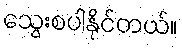
သွေးစပါနိုင်တယ်။